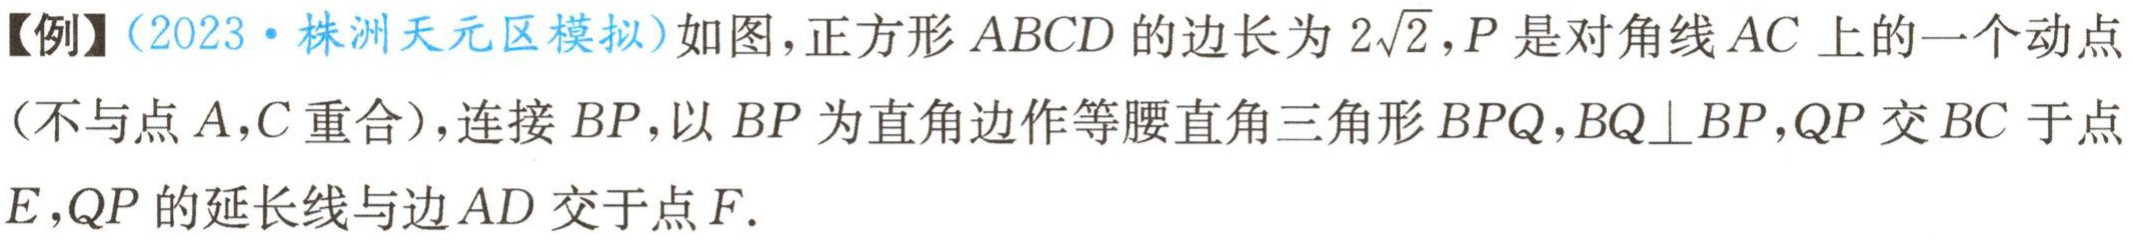
【例】（2023·株洲天元区模拟）如图，正方形 \(ABCD\) 的边长为 \(2\sqrt{2}\)，\(P\) 是对角线 \(AC\) 上的一个动点（不与点 \(A,C\) 重合），连接 \(BP\)，以 \(BP\) 为直角边作等腰直角三角形 \(BPQ\)，\(BQ\perp BP\)，\(QP\) 交 \(BC\) 于点 \(E\)，\(QP\) 的延长线与边 \(AD\) 交于点 \(F\).